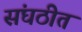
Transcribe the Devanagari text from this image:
संघठीत